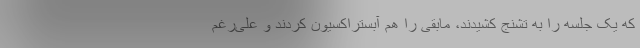
که یک جلسه را به تشنج کشیدند، مابقی را هم آبستراکسیون کردند و علی‌رغم